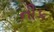
નીક